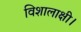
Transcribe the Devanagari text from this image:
विशालाक्षी।